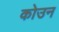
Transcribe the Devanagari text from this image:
कोउन